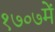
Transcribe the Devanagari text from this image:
१७०७में